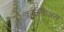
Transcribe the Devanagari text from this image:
क्लाऊडिअस